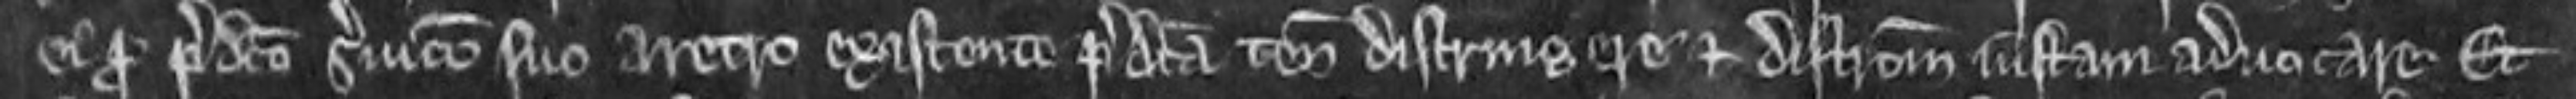
ei pro predicto servicio suo aretro existente predicta tenementa distringere et districtionem justam advocare. Et